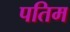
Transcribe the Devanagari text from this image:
पतिम